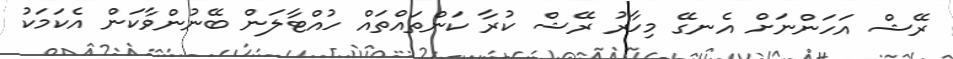
ރޭޝް އަހަންނަށް އެނގޭ މިހާރު ރޭޝް ކުރާ ކަންތައްތައް ހުއްޓާލަން ބޭނުންވާކަން އެކަމަކު